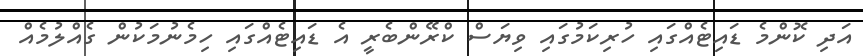
އަދި ކޮންމެ ޑައިޓެއްގައި ހުރިކަމުގައި ވިޔަސް ކްރޭންބެރީ އެ ޑައިޓެއްގައި ހިމެނުމަކުން ގެއްލުމެއް